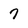
Character: 7